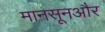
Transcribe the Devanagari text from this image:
मानसूनऔर